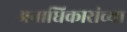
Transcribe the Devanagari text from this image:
अनाधिकारांच्या